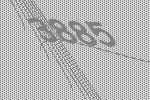
3885